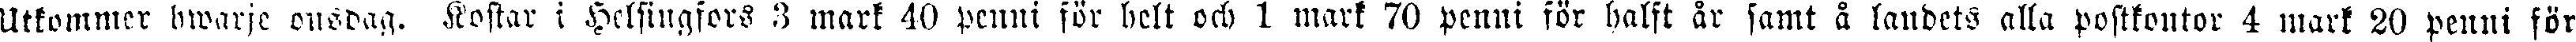
Utkommer hwarje onsdag. Kostar i Helsingfors 3 mark 40 penni för belt och 1 mark 70 penni för halft år samt å landets alla postkontor 4 mark 20 penni för